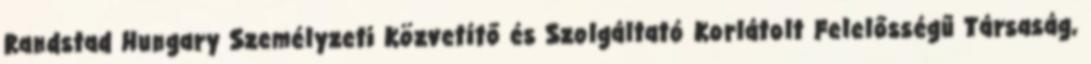
Randstad Hungary Személyzeti Közvetítő és Szolgáltató Korlátolt Felelősségű Társaság,